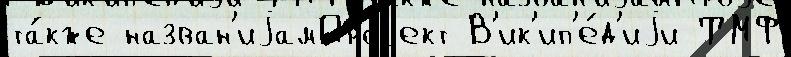
та́кже назван'иjамПроjект В'ик'ип'е́д'иjи ТМФ